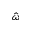
\hat { \omega }